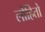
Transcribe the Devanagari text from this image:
लोहितो